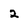
Character: 2